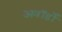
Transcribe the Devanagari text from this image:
अवॉर्डों